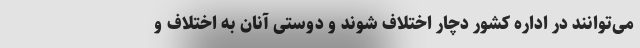
می‌توانند در اداره کشور دچار اختلاف شوند و دوستی آنان به اختلاف و